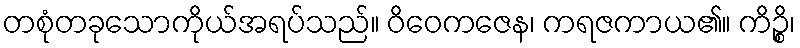
တစုံတခုသောကိုယ်အရပ်သည်။ ဝိဝေကဇေန၊ ကရဇကာယ၏။ ကိဉ္စိ၊